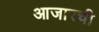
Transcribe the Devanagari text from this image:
आजारची